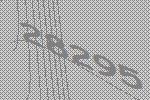
28295